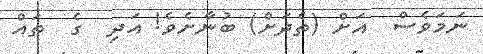
ނަމަވެސް  އަށް (ތެދަށް) ބުނާށެވެ! އަދި  ގެ  ތައް